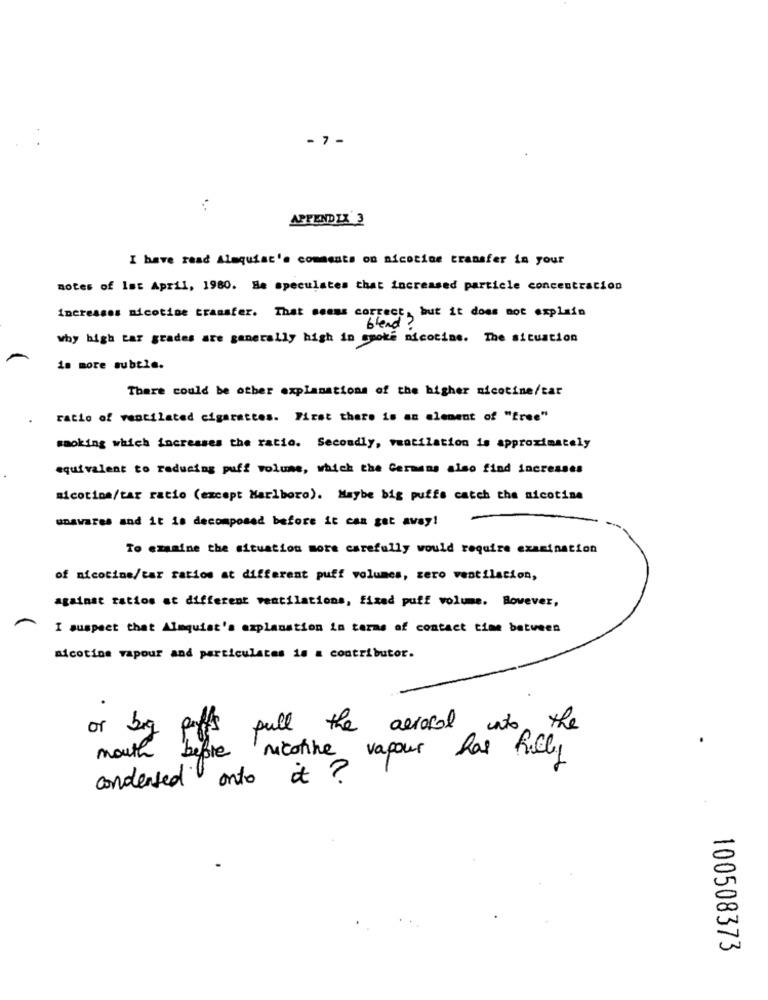
- 7 -
APPENDIX 3
I have read Almquist's comments on nicotine transfer in your
notes of Ist April, 1980. He speculates that increased particle concentracion
increases nicotine transfer. That seems correct, but it does not explain
blend
why high tar grades are generally high in smoke nicotine. The situation
is more subtle.
There could be other explanations of the higher nicotine/tar
ratio of ventilated cigarettes. First there is an element of "free"
smoking which increases the ratio. Secondly, ventilation is approximately
equivalent to reducing puff volume, which the Germans also find increases
nicotina/tar racio (except Marlboro). Maybe big puffs catch cha nicotina
unawares and it is decomposed before it can get away!
To examine the situation more carefully would require examination
of nicotine/tar ratios at different puff volumes, zero ventilation,
against ratios at different ventilations, fixed puff volume. Bovever,
I suspect that Almquist's explanation in terms of contact time between
nicotine vapour and particulares is a contributor.
.
or big pays
aerosol
into
. the
cl the
mouth before nicotine vapour has fully
condensed onto it?
100508373